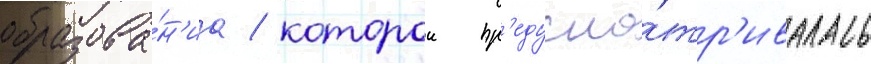
образова́н'иа / которои пр'едусма́тр'ивалась